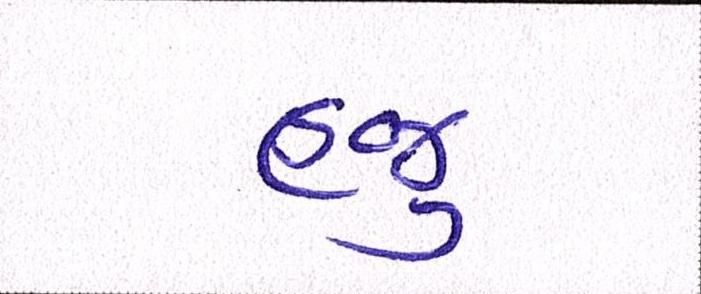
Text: હજુ